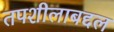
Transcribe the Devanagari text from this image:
तपशीलाबद्दल